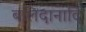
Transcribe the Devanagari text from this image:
बलिदानादि